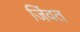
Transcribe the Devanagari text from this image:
जिंवत